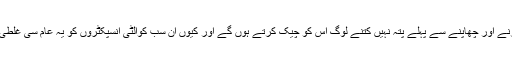
نوٹ جاری کرنے اور چھاپنے سے پہلے پتہ نہیں کتنے لوگ اس کو چیک کرتے ہوں گے اور کیوں ان سب کوالٹی انسپکٹروں کو یہ عام سی غلطی نظر نہیں آئی۔